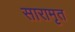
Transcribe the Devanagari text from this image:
सारामृत